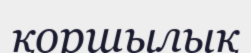
қоршылық